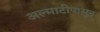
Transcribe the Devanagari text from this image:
अल्माटीपासून